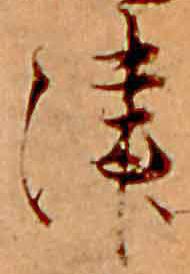
津